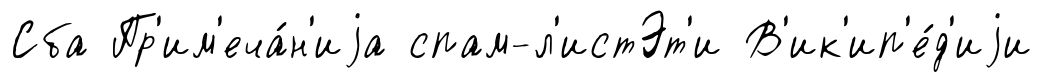
Сба Пр'им'еча́н'иjа спам-л'истЭт'и В'ик'ип'е́д'иjи